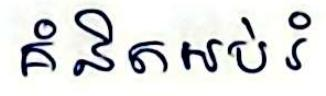
គំនិតអប់រំ